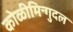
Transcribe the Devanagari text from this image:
कोळीमिन्गुदल